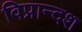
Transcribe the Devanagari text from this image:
विप्रान्दश